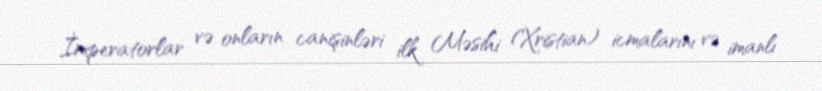
İmperatorlar və onların canişinləri ilk Məsihi (Xristian) icmalarını və imanlı